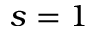
s = 1